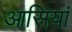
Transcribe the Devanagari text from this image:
आसियां